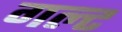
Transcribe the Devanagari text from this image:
गल्ट